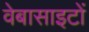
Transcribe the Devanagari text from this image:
वेबासाइटों